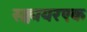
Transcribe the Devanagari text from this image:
स्क्वायरएक